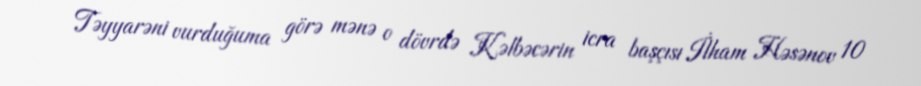
Təyyarəni vurduğuma görə mənə o dövrdə Kəlbəcərin icra başçısı İlham Həsənov 10